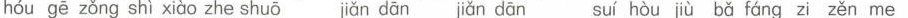
hóu gē zǒng shì xiàc zhe shuō jǎn dān jǎn dān suí hòu jù bǎ fáng zi zěn me